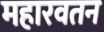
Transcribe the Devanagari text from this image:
महारवतन